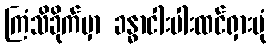
ကြံသိခိုက်မှာ ခန္ဓာငါးပါးထင်ရှားပုံ